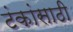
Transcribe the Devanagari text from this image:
टंकांसाठी